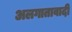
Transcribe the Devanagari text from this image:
अलगातावादी